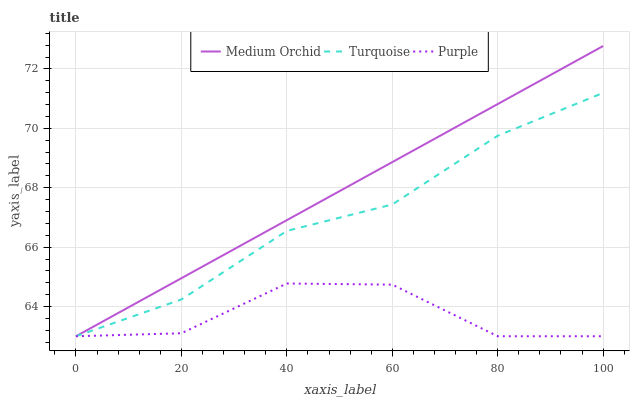
| xaxis_label | Medium Orchid | Turquoise | Purple |
 | --- | --- | --- | --- |
 | 0 | 63 | 63 | 63 |
 | 20 | 65 | 64.2 | 63.1 |
 | 40 | 66.9 | 66.5 | 64.8 |
 | 60 | 68.9 | 67.4 | 64.7 |
 | 80 | 70.8 | 69.8 | 63 |
 | 100 | 72.8 | 71.2 | 63 |